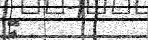
އޭ